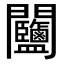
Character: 𨷽